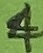
Text: 4